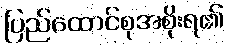
ပြည်ထောင်စုအစိုးရ၏